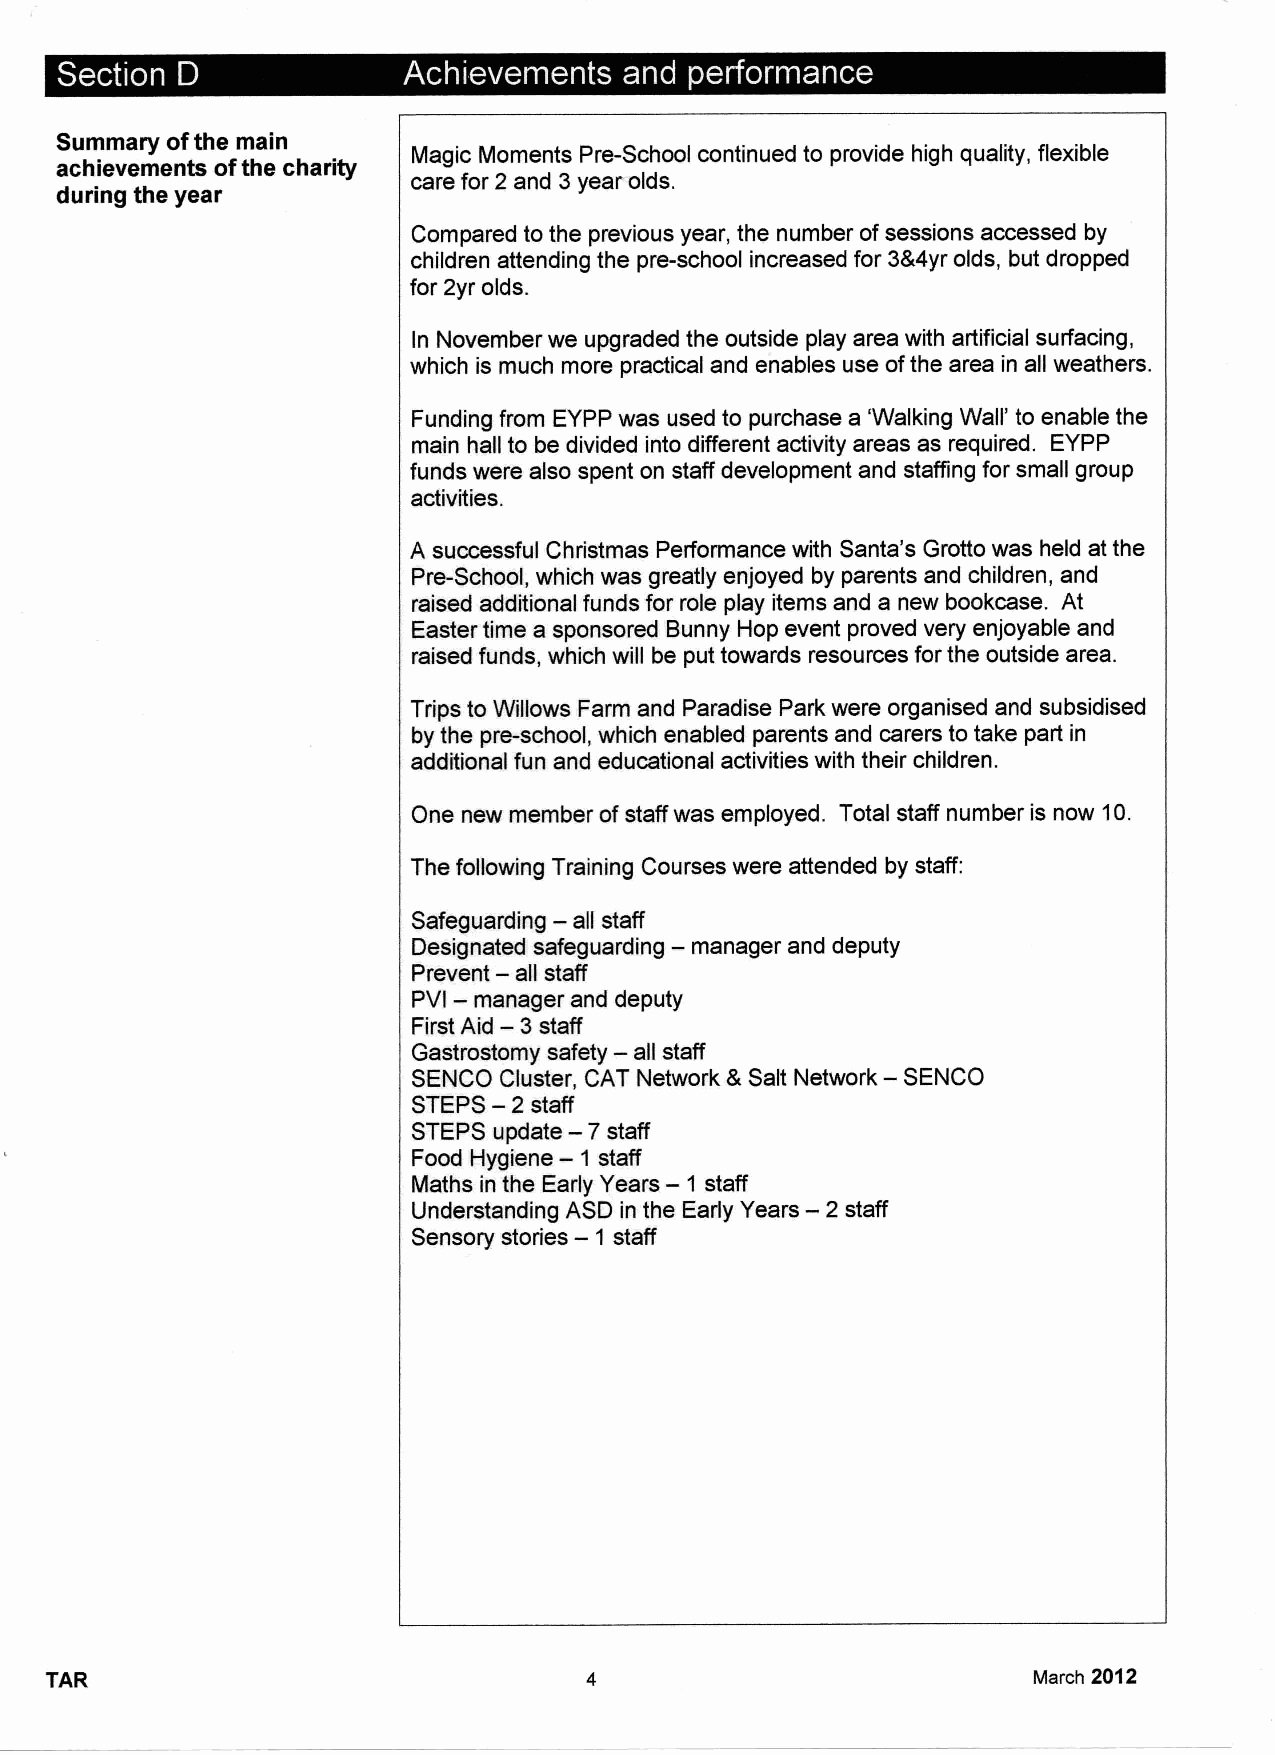
~ ~   ~
 Summary ofthe main
 Magic Moments Pre-School continued to provide high quality, flexible
 achievements ofthe charity
 care for 2 and 3year olds.
 during the year
 Compared to the previous year, the number ofsessions accessed by
 children attending the pre-school increased for 3&4yr olds, but dropped
 for 2yr olds.
 In November we upgraded the outside play area with artificial surfacing,
 which is much more practical and enables use ofthe area in all weathers.
 Funding from EYPP was used to purchase a 'Walking Wall' to enable the
 main hall to be divided into different activity areas as required. EYPP
 funds were also spent on staff development and staffing for small group
 activities.
 A successful Christmas Performance with Santa's Grotto was held at the
 Pre-School, which was greatly enjoyed by parents and children, and
 raised additional funds for role play items and a new bookcase. At
 Easter time a sponsored Bunny Hop event proved very enjoyable and
 raised funds, which will be put towards resources for the outside area.
 Trips to Willows Farm and Paradise Park were organised and subsidised
 by the pre-school, which enabled parents and carers to take part in
 additional fun and educational activities with their children.
 One new member ofstaff was employed. Total staff number is now 10.
 The following Training Courses were attended by staff:
 —
 Safeguarding all staff
 —
 Designated safeguarding manager and deputy
 —
 Prevent all staff
 —
 PVI manager and deputy
 First Aid
 —3staff
 —
 Gastrostomy safety all staff
 SENCO Cluster, CAT Network 8 Salt Network- SENCO
 STEPS—2
 staff
 —
 STEPS update 7staff
 —
 Food Hygiene 1 staff
 —
 Maths in the Early Years 1 staff
 —
 Understanding ASD in the Early Years 2 staff
 —
 Sensory stories 1 staff
 TAR                                                              March 2012